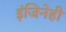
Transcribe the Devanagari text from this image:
इंजिनेही